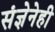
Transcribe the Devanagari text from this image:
संज्ञेनेही